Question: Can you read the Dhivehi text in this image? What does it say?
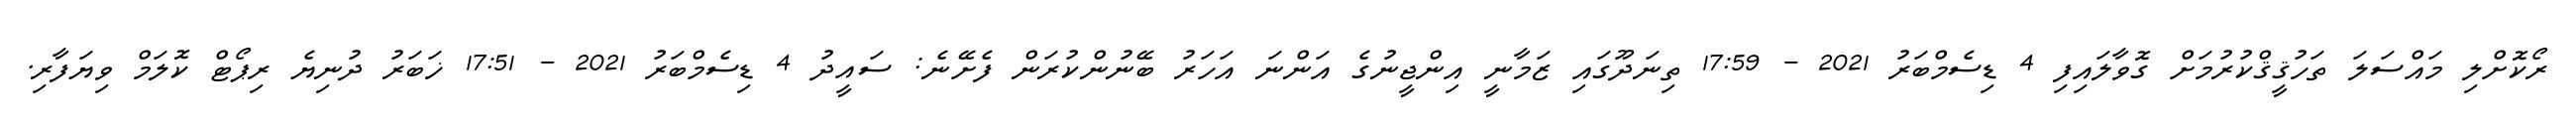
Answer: ރޯކޮށްލި މައްސަލަ ތަހުޤީޤްކުރުމަށް ގޮވާލައިފި 4 ޑިސެމްބަރު 2021 - 17:59 ތިނަދޫގައި ޒަމާނީ އިންޖީނުގެ އަންނަ އަހަރު ބޭނުންކުރަން ފެށޭނެ: ސައީދު 4 ޑިސެމްބަރު 2021 - 17:51 ޚަބަރު ދުނިޔެ ރިޕޯޓް ކޮލަމް ވިޔަފާރި.